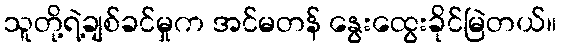
သူတို့ရဲ့ချစ်ခင်မှုက အင်မတန် နွေးထွေးခိုင်မြဲတယ်။